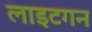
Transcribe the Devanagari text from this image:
लाइटगन